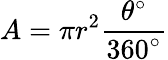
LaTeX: A=\pi r^{2}{\frac{\theta^{\circ}}{360^{\circ}}}